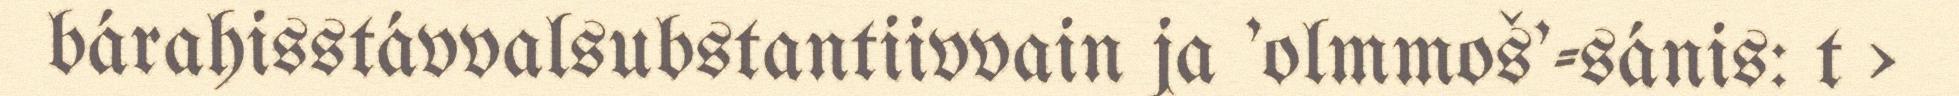
bárahisstávvalsubstantiivvain ja 'olmmoš'-sánis: t >